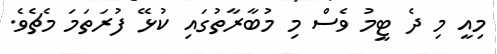
މިއީ މި ދެ ޓީމު ވެސް މި މުބާރާތުގައި ކުޅޭ ފުރަތަމަ މެޗެވެ.